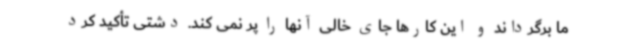
ما برگرداند و این کارها جای خالی آنها را پر نمی کند. دشتی تأکید کرد